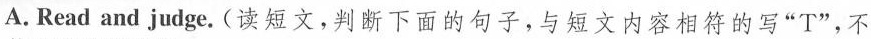
A. Read and judge.(读短文,判断下面的句子,与短文内容相符的写"T",不